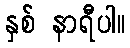
နှစ် နာရီပါ။